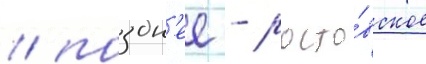
/ поздн'ее - росто́вское